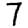
Digit: 7